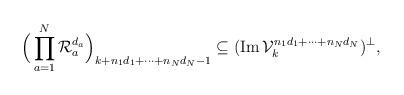
LaTeX: \begin{align*}\Big(\prod_{a=1}^N\mathcal R_a^{d_a}\Big)_{k+n_1d_1+\cdots +n_Nd_N-1}\subseteq (\operatorname{Im}\mathcal V_k^{n_1d_1+\cdots +n_Nd_N})^\perp,\end{align*}